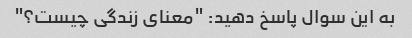
به این سوال پاسخ دهید: "معنای زندگی چیست؟"